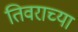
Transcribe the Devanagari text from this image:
तिवराच्या